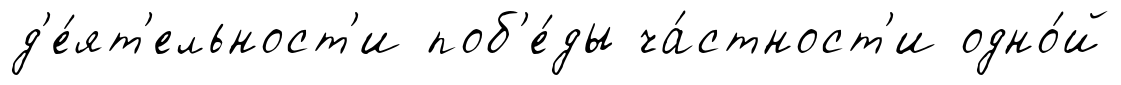
д'е́ят'ельност'и поб'е́ды ча́стност'и одно́й